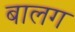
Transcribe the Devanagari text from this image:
बालग